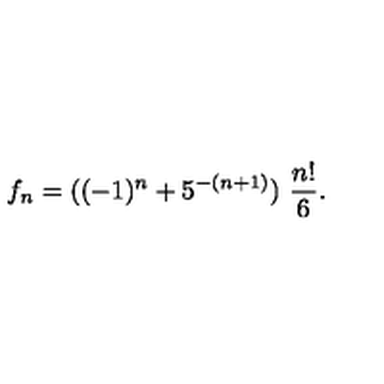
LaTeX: f _ { n } = ( ( - 1 ) ^ { n } + 5 ^ { - ( n + 1 ) } ) \ { \frac { n ! } { 6 } } .